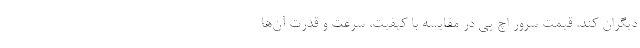
دیگران کند. قیمت سرور اچ پی در مقایسه با کیفیت، سرعت و قدرت آن‌ها